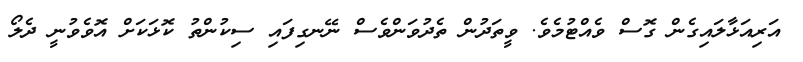
އަރިއަޅާލައިގެން ގޮސް ވެއްޓުމެވެ. ވީތަދުން ތެދުވަންވެސް ނޭނގިފައި ސިކުންތު ކޮޅަކަށް އޮވެވުނީ ދެލޯ